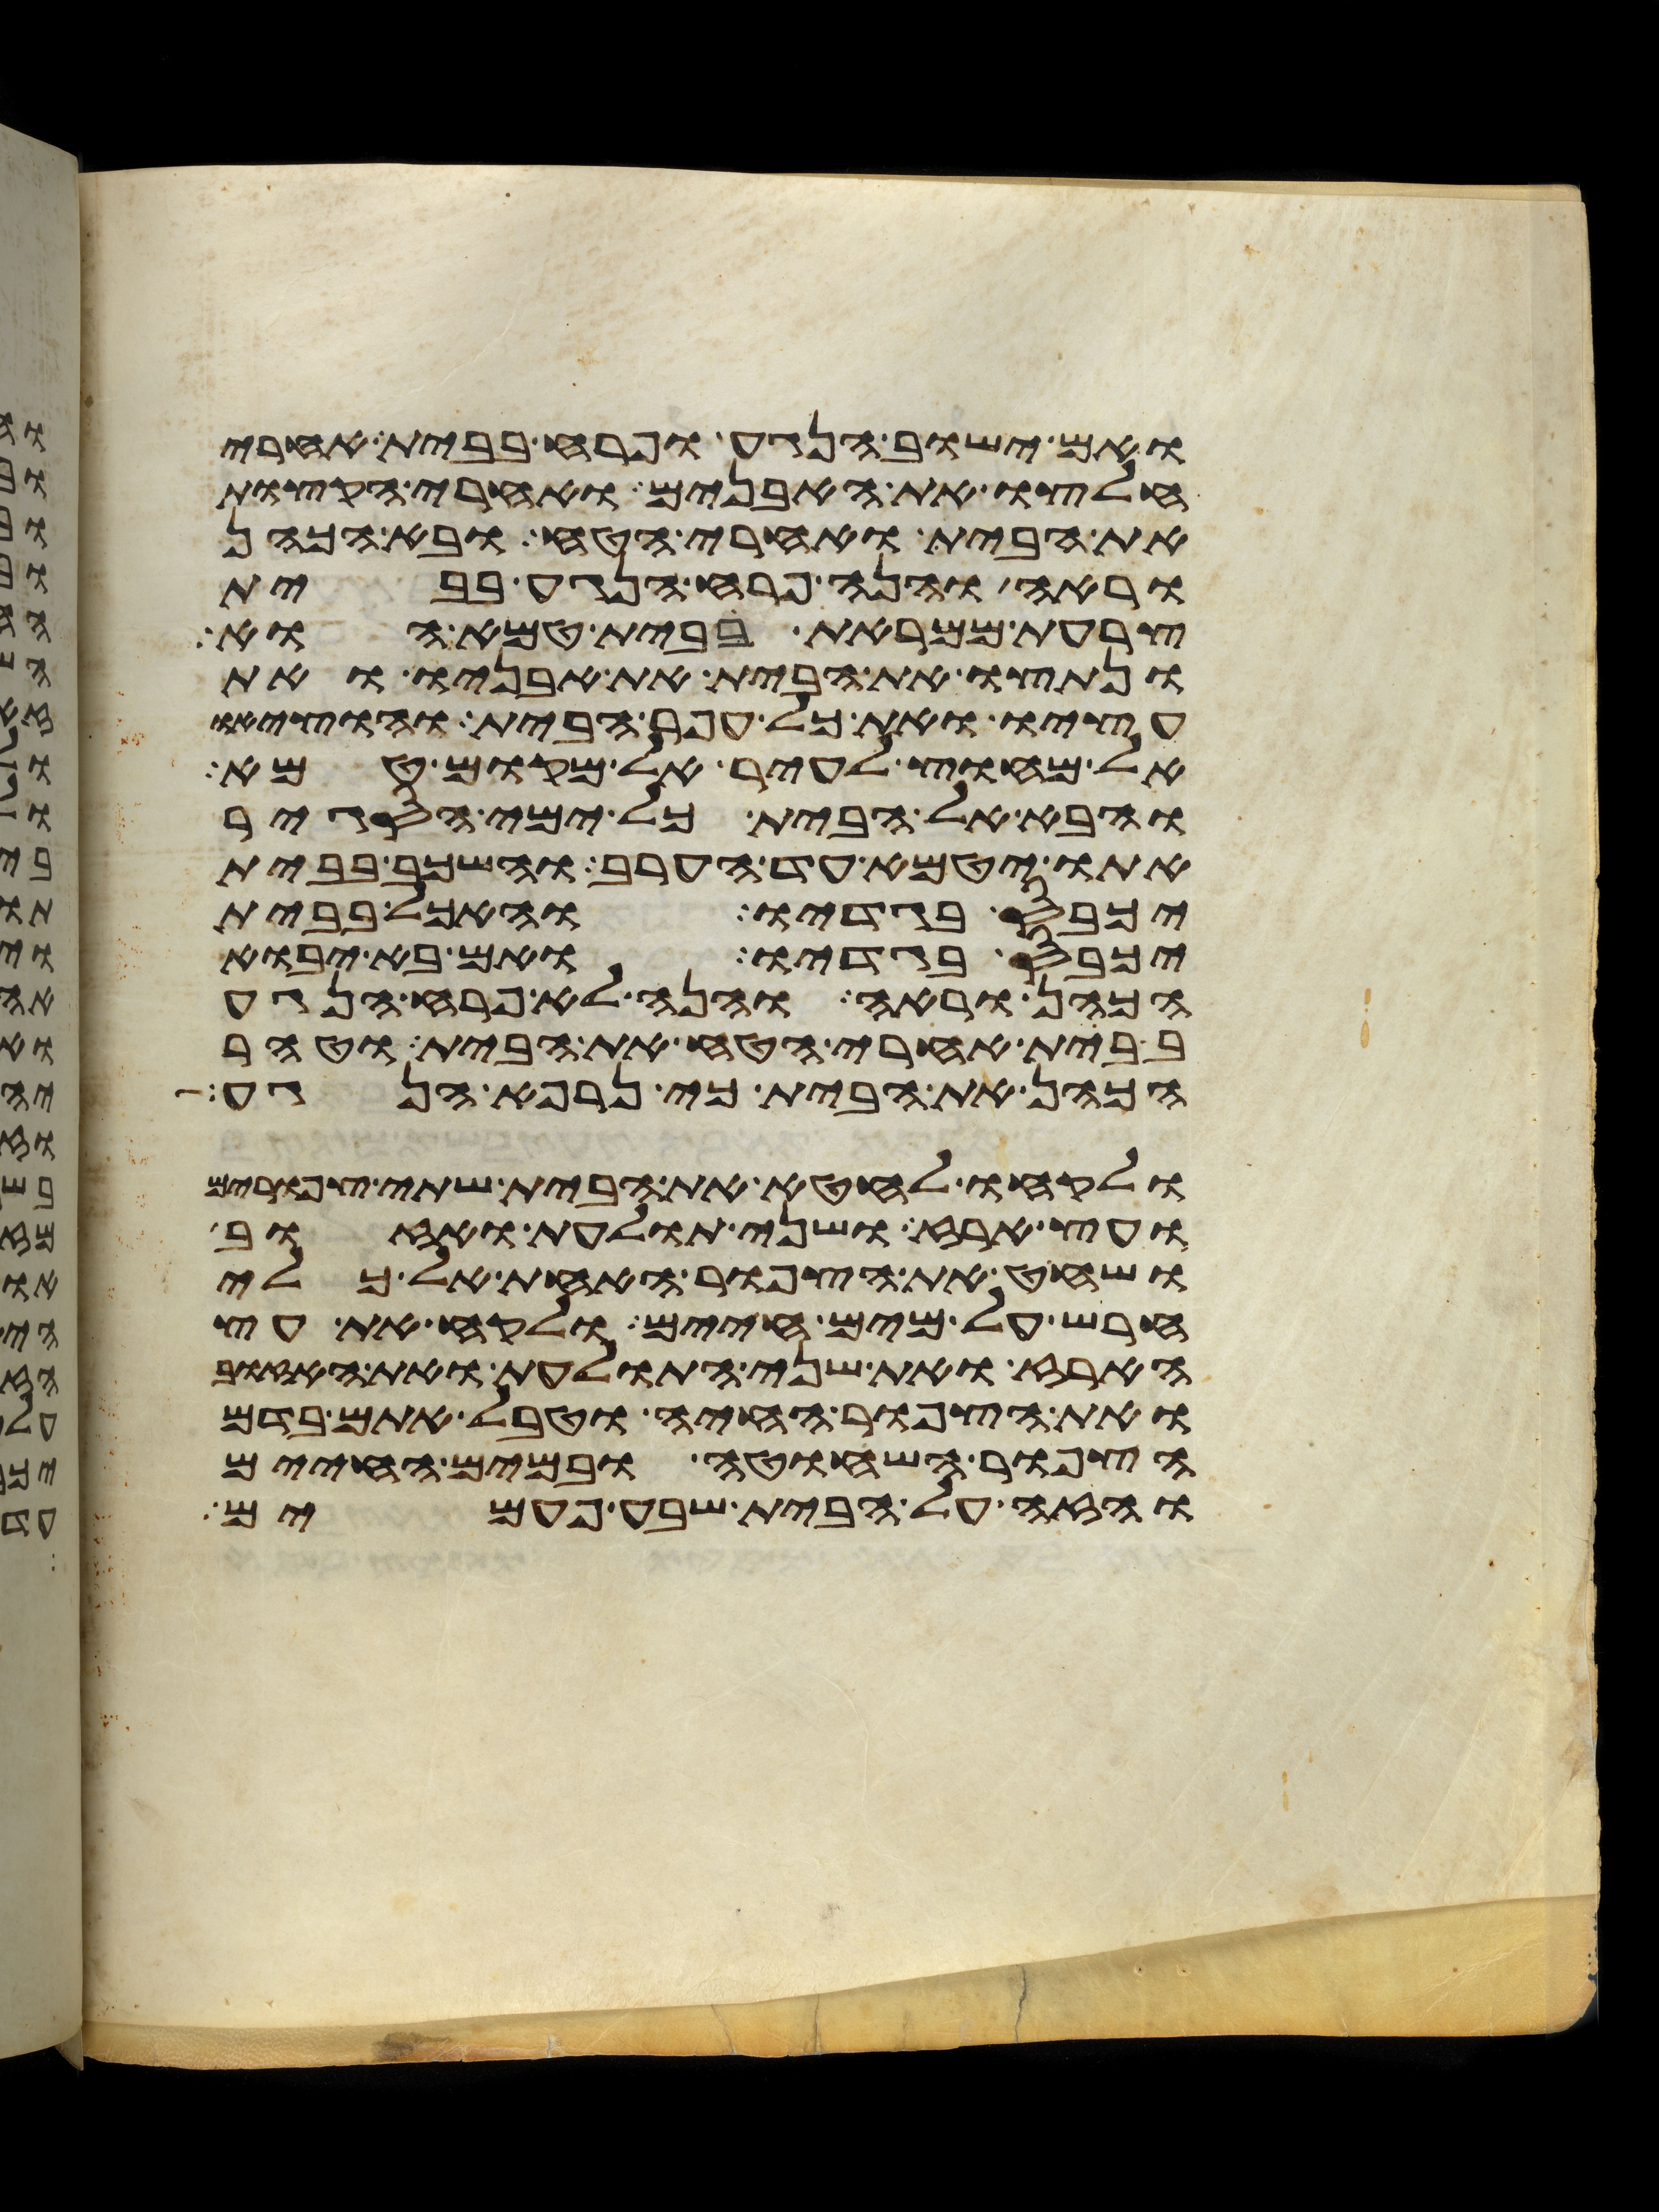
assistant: ואם ישוב הנגע ופרח בבית אחרי
חלצו את האבנים ואחרי הקצות
את הבית ואחרי הטח ובא הכהן
וראה והנה פרח הנגע בבית
צרעת ממראת בבית טמא הוא
ונתצו את הבית את אבניו ואת
עציו ואת כל עפר הבית והוציאו
אל מחוץ לעיר אל מקום טמא
והבא אל הבית כל ימי הסגיר
אתו יטמא עד הערב והשכב בבית
יכבס בגדיו והאכל בבית
יכבס בגדיו ואם בא יבוא
הכהן וראה והנה לא פרח הנגע
בבית אחרי הטח את הבית וטהר
הכהן את הבית כי נרפא הנגע
ולקחו לחטא את הבית שתי צפורים
ועץ ארז ושני תולעת ואזוב
ושחט את הצפור האחת אל כלי
חרש על מים חיים ולקח את עץ
הארז ואת שני התולעת ואת האזוב
ואת הצפור החיה וטבל אתם בדם
הצפור השחוטה ובמים החיים
והזה על הבית שבע פעמים